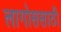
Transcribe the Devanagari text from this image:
लागोससाठी